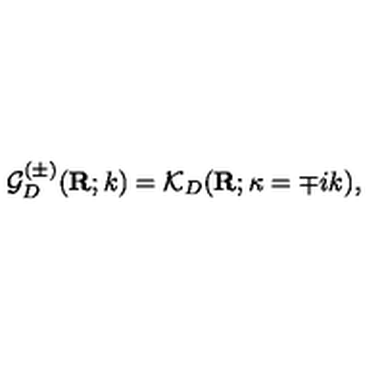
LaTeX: { \mathcal G } _ { { D } } ^ { ( \pm ) } ( { \bf R } ; k ) = { \mathcal K } _ { { D } } ( { \bf R } ; \kappa = \mp i k ) ,